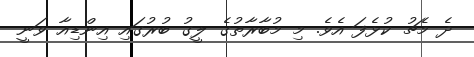
ދެ މެޗު ކުޅެފަ އެވެ. މި މުބާރާތުގެ ލީގު ބުރުގައި އިންޑިއާ ވަނީ